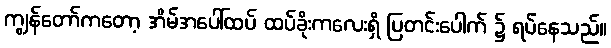
ကျွန်တော်ကတော့ အိမ်အပေါ်ထပ် ထပ်ခိုးကလေးရှိ ပြတင်းပေါက် ၌ ရပ်နေသည်။